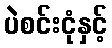
ပဲစင်းငုံနှင့်